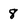
Character: 8